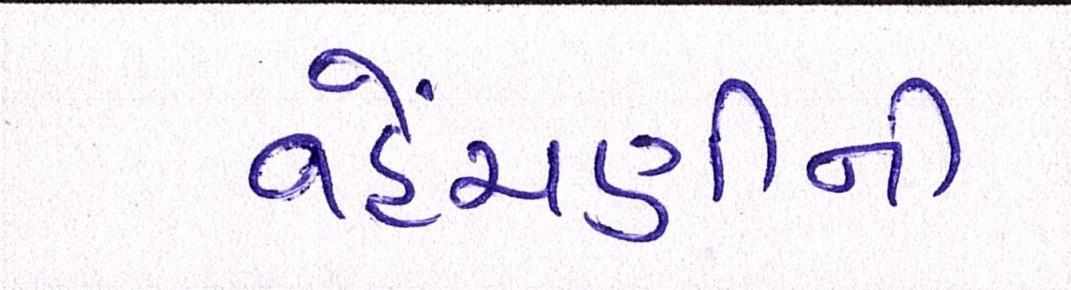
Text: વહેંચણીની